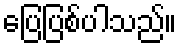
ပြေပြစ်ပါသည်။